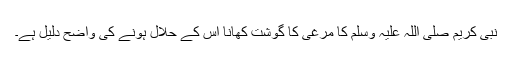
نبی کریم صلی اللہ علیہ وسلم کا مرغی کا گوشت کھانا اس کے حلال ہونے کی واضح دلیل ہے۔